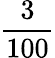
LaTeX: \frac{3}{100}